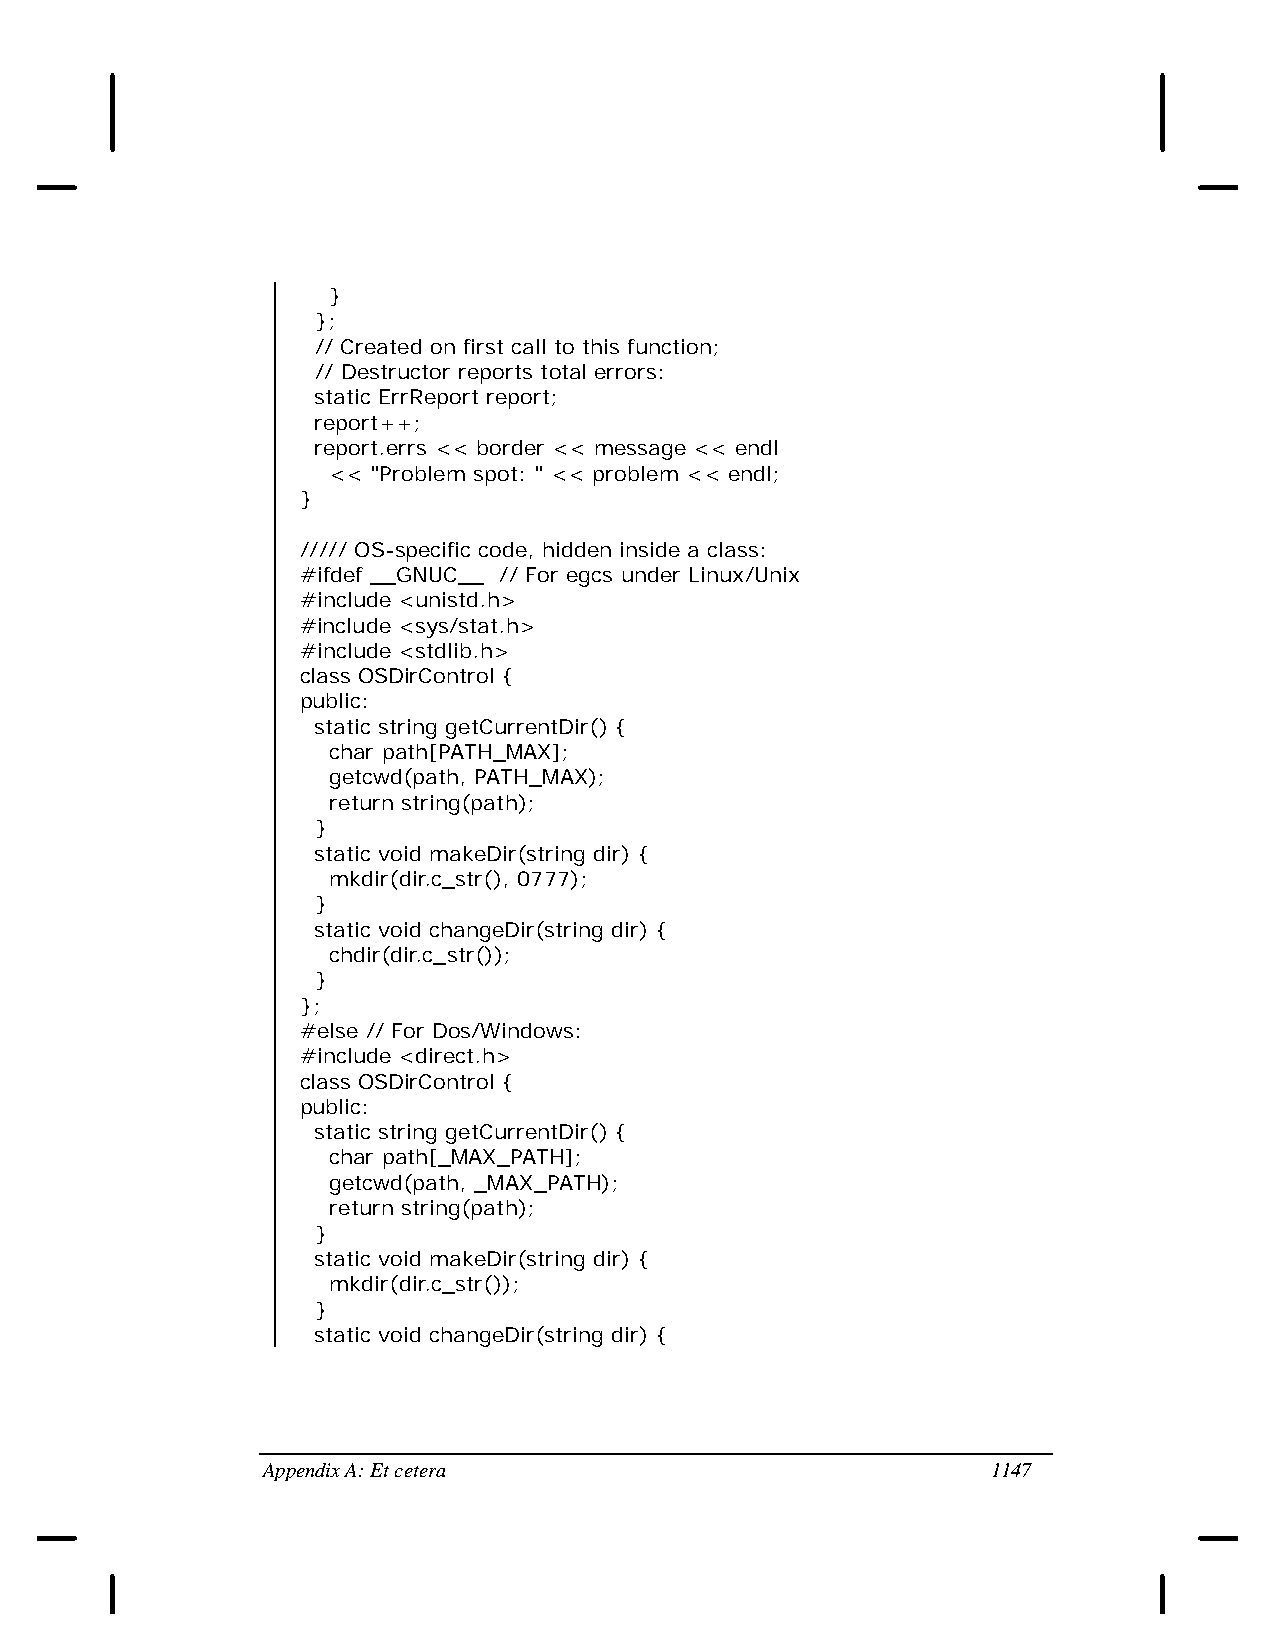
}
 };
 // Created on first call to this function;
 // Destructor reports total errors:
 static ErrReport report;
 report++;
 report.errs << border << message << endl
 << "Problem spot: " << problem << endl;
 }
 ///// OS-specific code, hidden inside a class:
 #ifdef __GNUC__ // For egcs under Linux/Unix
 #include <unistd.h>
 #include <sys/stat.h>
 #include <stdlib.h>
 class OSDirControl {
 public:
 static string getCurrentDir() {
 char path[PATH_MAX];
 getcwd(path, PATH_MAX);
 return string(path);
 }
 static void makeDir(string dir) {
 mkdir(dir.c_str(), 0777);
 }
 static void changeDir(string dir) {
 chdir(dir.c_str());
 }
 };
 #else // For Dos/Windows:
 #include <direct.h>
 class OSDirControl {
 public:
 static string getCurrentDir() {
 char path[_MAX_PATH];
 getcwd(path, _MAX_PATH);
 return string(path);
 }
 static void makeDir(string dir) {
 mkdir(dir.c_str());
 }
 static void changeDir(string dir) {
 Appendix A: Et cetera                            1147